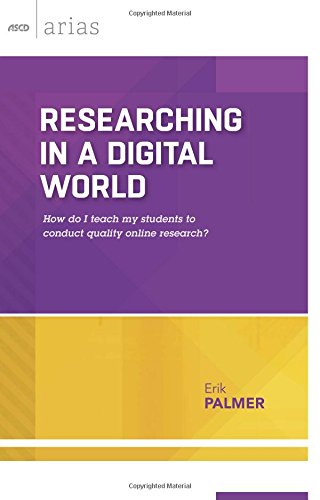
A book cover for Researching in a Digital World: How do I teach my students to conduct quality online research? (ASCD Arias); Erik Palmer; Education & Teaching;